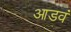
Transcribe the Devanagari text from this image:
आडवं